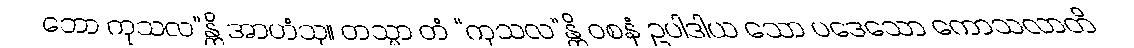
ဘော ကုသလ”န္တိ အာဟံသု။ တသ္မာ တံ “ကုသလ”န္တိ ဝစနံ ဥပါဒါယ သော ပဒေသော ကောသလာတိ